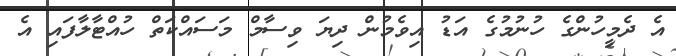
އެ ދެމީހުންގެ ހުނުމުގެ އަޑު އިވެމުން ދިޔަ ވިސާމް މަސައްކަތް ހުއްޓާލާފައި އެ